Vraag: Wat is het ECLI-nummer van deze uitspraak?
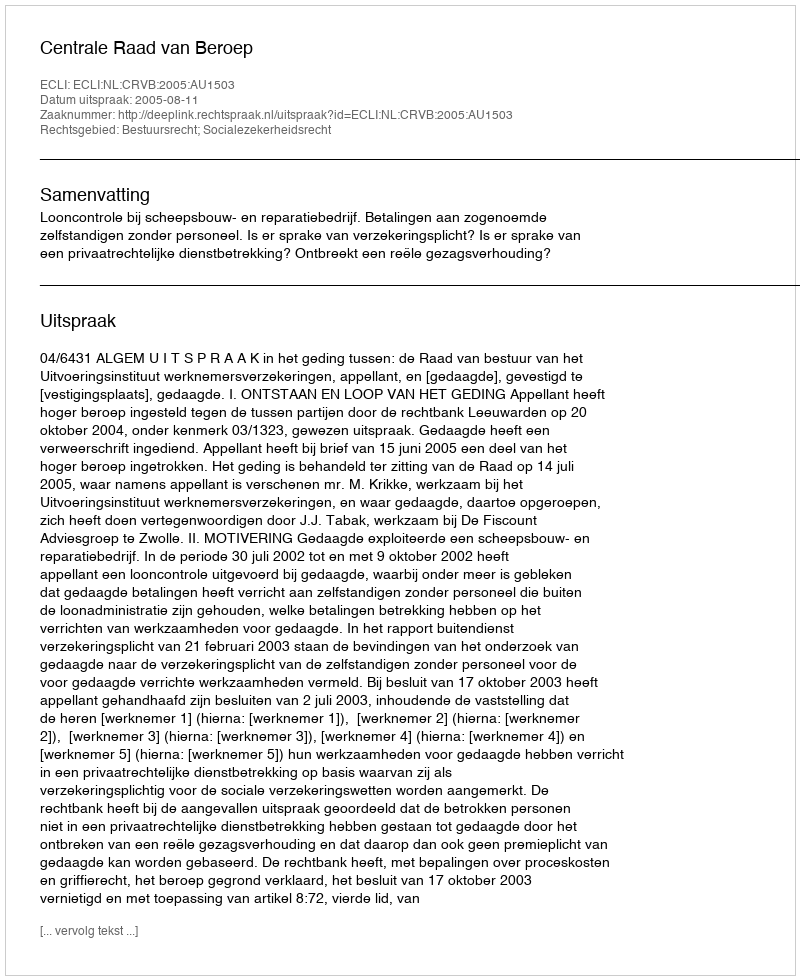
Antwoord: ECLI:NL:CRVB:2005:AU1503